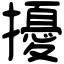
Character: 擾